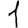
Digit: 1